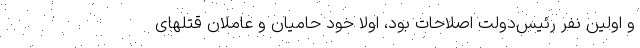
و اولین نفر رئیس‌دولت اصلاحات بود، اولاً خود حامیان و عاملان قتلهای